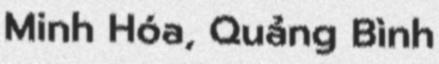
Minh Hóa, Quảng Bình